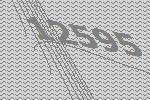
12595